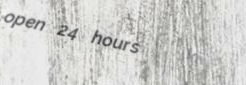
open 24 hours